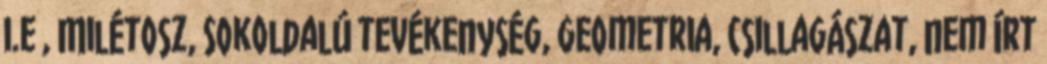
i.e , Milétosz, Sokoldalú tevékenység, geometria, csillagászat, nem írt